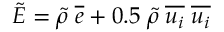
\tilde { E } = \tilde { \rho } \; \overline { { e } } + 0 . 5 \; \tilde { \rho } \; \overline { { u _ { i } } } \; \overline { { u _ { i } } }